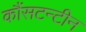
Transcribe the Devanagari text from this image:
कौंसटन्टीन